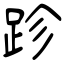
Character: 跈